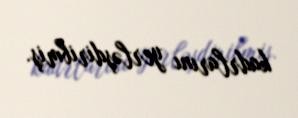
kadrlarını yerləşdiribmiş.